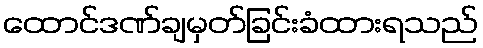
ထောင်ဒဏ်ချမှတ်ခြင်းခံထားရသည်